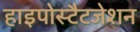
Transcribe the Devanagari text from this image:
हाइपोस्टैटजेशन